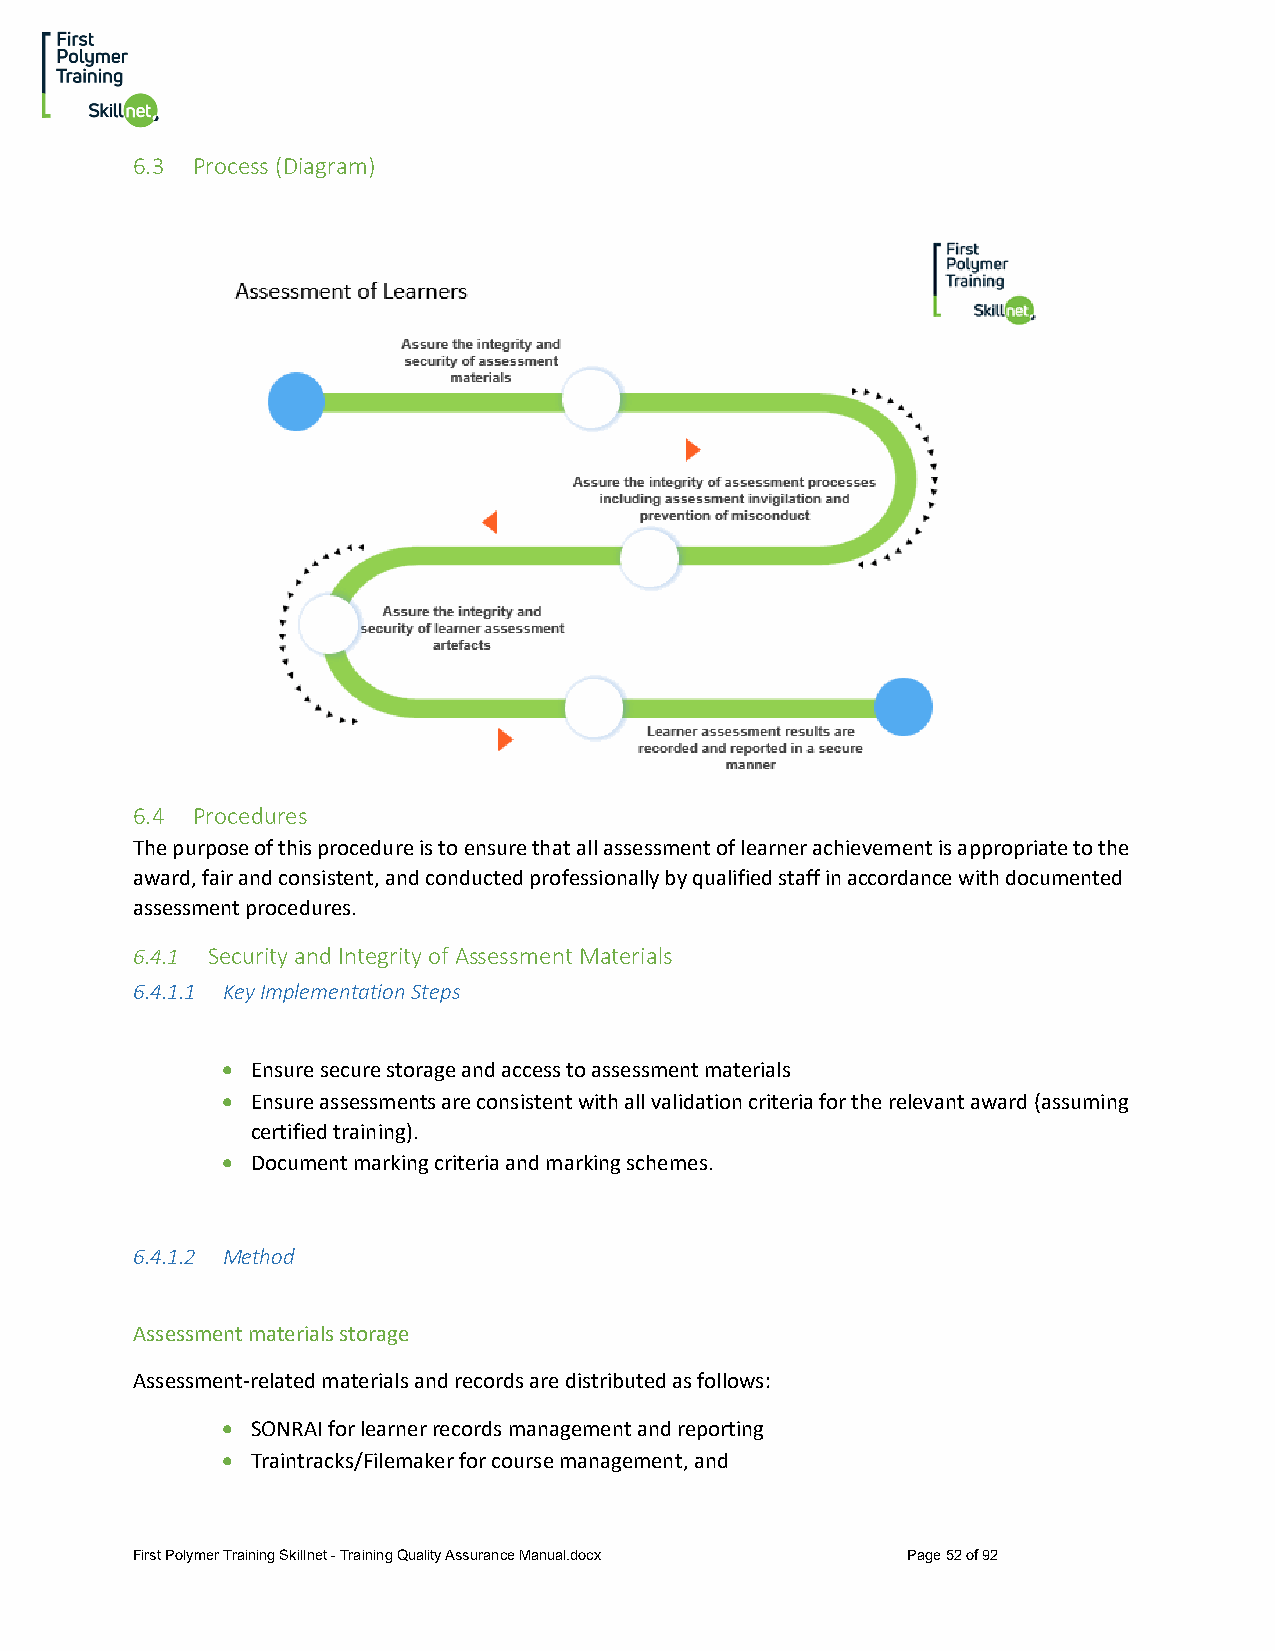
6.3 Process (Diagram)
 6.4 Procedures
 The purpose of this procedure is to ensure that all assessment of learner achievement is appropriate to the
 award, fair and consistent, and conducted professionally by qualified staff in accordance with documented
 assessment procedures.
 6.4.1 Security and Integrity of Assessment Materials
 6.4.1.1 Key Implementation Steps
 • Ensure secure storage and access to assessment materials
 • Ensure assessments are consistent with all validation criteria for the relevant award (assuming
 certified training).
 • Document marking criteria and marking schemes.
 6.4.1.2 Method
 Assessment materials storage
 Assessment-related materials and records are distributed as follows:
 • SONRAI for learner records management and reporting
 • Traintracks/Filemaker for course management, and
 First Polymer Training Skillnet - Training Quality Assurance Manual.docx Page 52 of 92